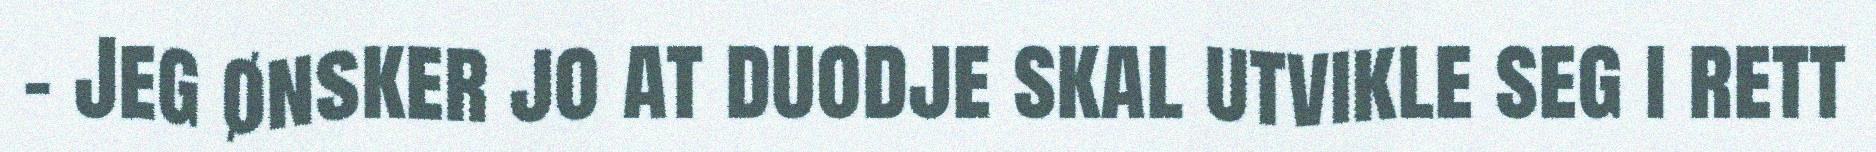
- Jeg ønsker jo at duodje skal utvikle seg i rett